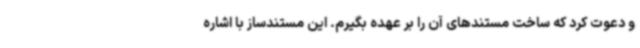
و دعوت کرد که ساخت مستندهای آن را بر عهده بگیرم. این مستندساز با اشاره